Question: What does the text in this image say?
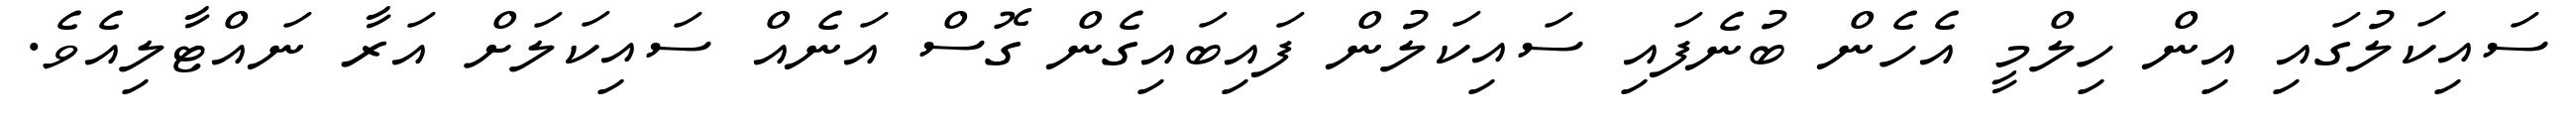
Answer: ސައިކަލުގައި އިން ހިލްމީ އެހެން ބުނެފައި ސައިކަލުން ފައިބައިގެން ގޮސް އަނެއް ސައިކަލަށް އަރާ ނައްޓާލިއެވެ.